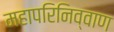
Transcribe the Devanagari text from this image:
महापरिनिव्वाण